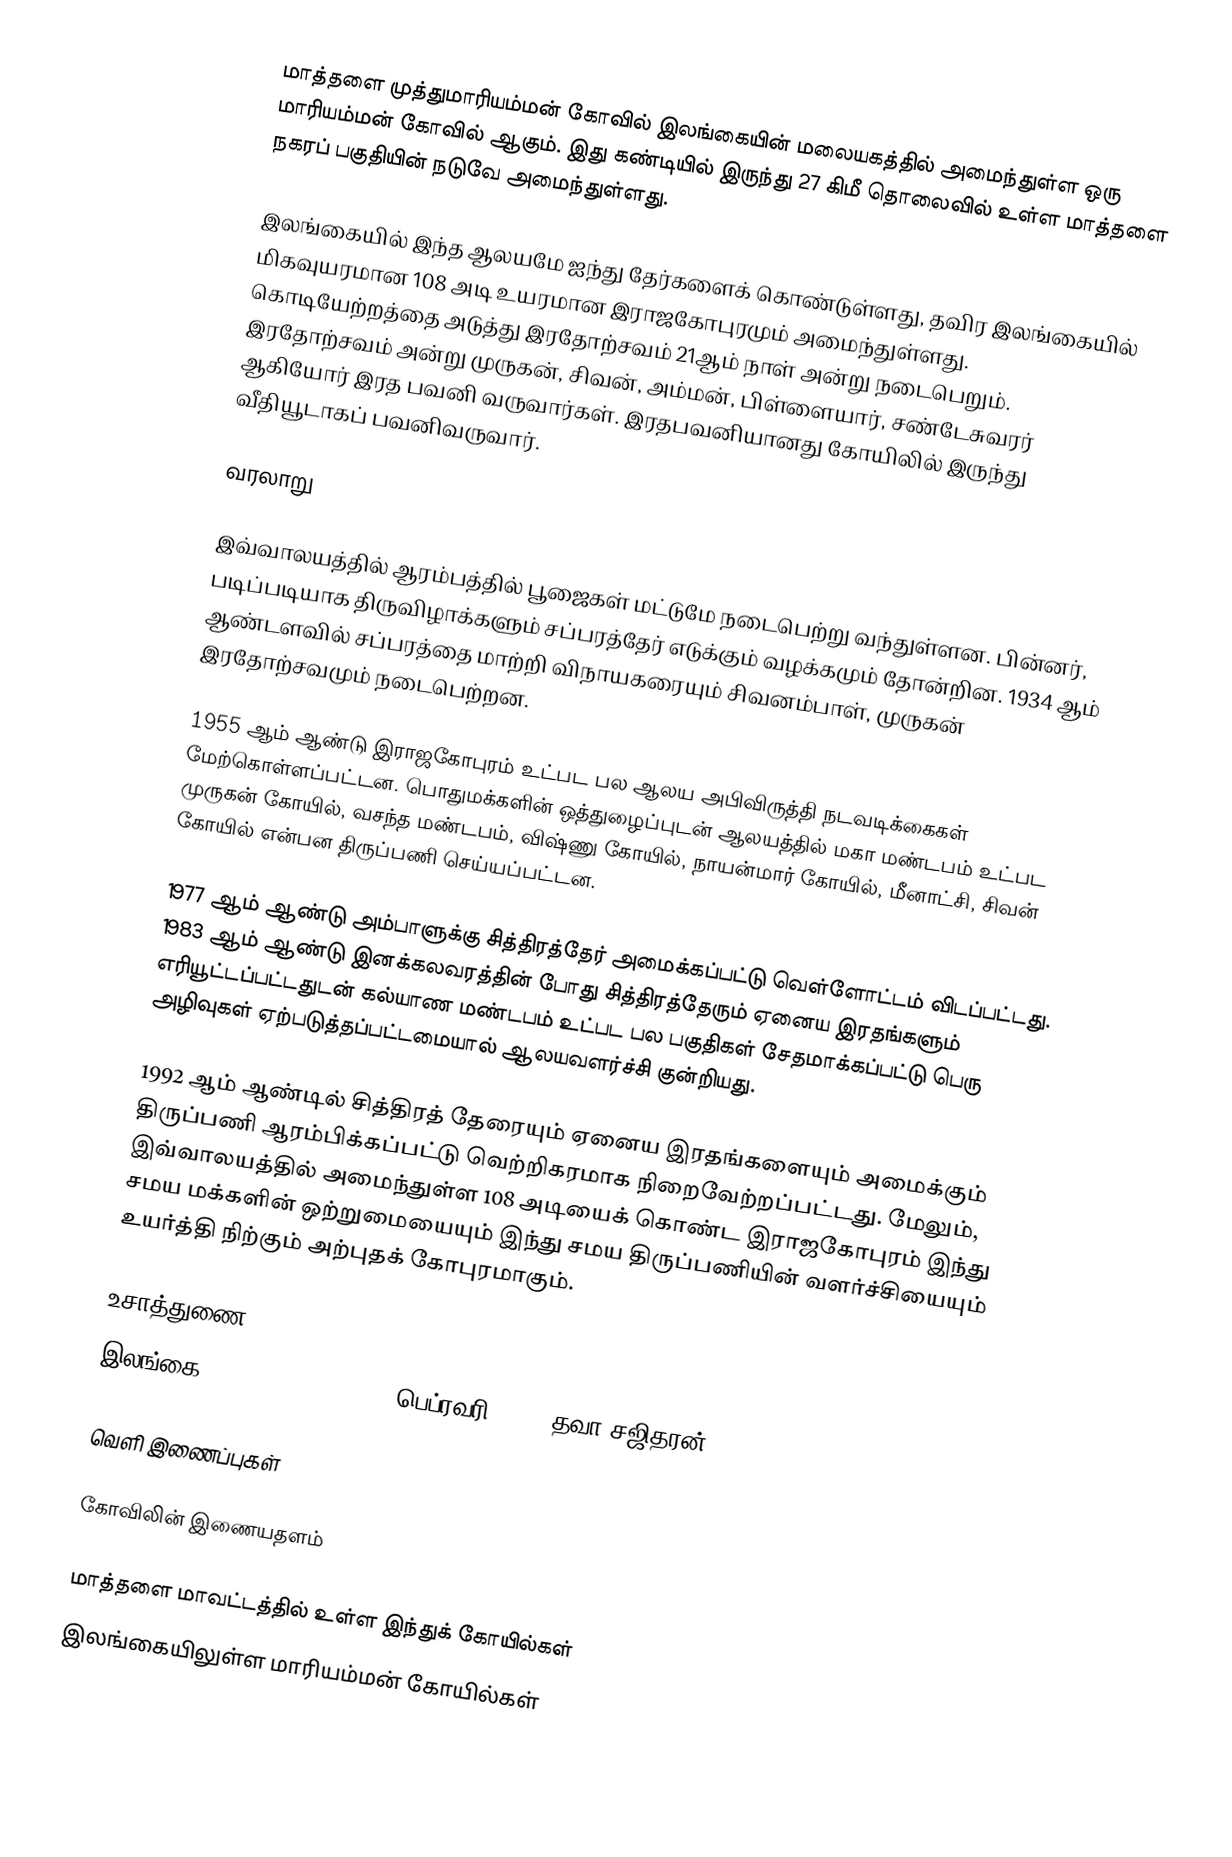
மாத்தளை முத்துமாரியம்மன் கோவில் இலங்கையின் மலையகத்தில் அமைந்துள்ள ஒரு மாரியம்மன் கோவில் ஆகும். இது கண்டியில் இருந்து 27 கிமீ தொலைவில் உள்ள மாத்தளை நகரப் பகுதியின் நடுவே அமைந்துள்ளது.

இலங்கையில் இந்த ஆலயமே ஐந்து தேர்களைக் கொண்டுள்ளது, தவிர இலங்கையில் மிகவுயரமான 108 அடி உயரமான இராஜகோபுரமும் அமைந்துள்ளது. கொடியேற்றத்தை அடுத்து இரதோற்சவம் 21ஆம் நாள் அன்று நடைபெறும். இரதோற்சவம் அன்று முருகன், சிவன், அம்மன், பிள்ளையார், சண்டேசுவரர் ஆகியோர் இரத பவனி வருவார்கள். இரதபவனியானது கோயிலில் இருந்து வீதியூடாகப் பவனிவருவார்.

வரலாறு

இவ்வாலயத்தில் ஆரம்பத்தில் பூஜைகள் மட்டுமே நடைபெற்று வந்துள்ளன. பின்னர், படிப்படியாக திருவிழாக்களும் சப்பரத்தேர் எடுக்கும் வழக்கமும் தோன்றின. 1934 ஆம் ஆண்டளவில் சப்பரத்தை மாற்றி விநாயகரையும் சிவனம்பாள், முருகன் இரதோற்சவமும் நடைபெற்றன.

1955 ஆம் ஆண்டு இராஜகோபுரம் உட்பட பல ஆலய அபிவிருத்தி நடவடிக்கைகள் மேற்கொள்ளப்பட்டன. பொதுமக்களின் ஒத்துழைப்புடன் ஆலயத்தில் மகா மண்டபம் உட்பட முருகன் கோயில், வசந்த மண்டபம், விஷ்ணு கோயில், நாயன்மார் கோயில், மீனாட்சி, சிவன் கோயில் என்பன திருப்பணி செய்யப்பட்டன.

1977 ஆம் ஆண்டு அம்பாளுக்கு சித்திரத்தேர் அமைக்கப்பட்டு வெள்ளோட்டம் விடப்பட்டது. 1983 ஆம் ஆண்டு இனக்கலவரத்தின் போது சித்திரத்தேரும் ஏனைய இரதங்களும் எரியூட்டப்பட்டதுடன் கல்யாண மண்டபம் உட்பட பல பகுதிகள் சேதமாக்கப்பட்டு பெரு அழிவுகள் ஏற்படுத்தப்பட்டமையால் ஆலயவளர்ச்சி குன்றியது.

1992 ஆம் ஆண்டில் சித்திரத் தேரையும் ஏனைய இரதங்களையும் அமைக்கும் திருப்பணி ஆரம்பிக்கப்பட்டு வெற்றிகரமாக நிறைவேற்றப்பட்டது. மேலும், இவ்வாலயத்தில் அமைந்துள்ள 108 அடியைக் கொண்ட இராஜகோபுரம் இந்து சமய மக்களின் ஒற்றுமையையும் இந்து சமய திருப்பணியின் வளர்ச்சியையும் உயர்த்தி நிற்கும் அற்புதக் கோபுரமாகும்.

உசாத்துணை
இலங்கை Sunday Observer - 25 பெப்ரவரி, 2007 தவா சஜிதரன்

வெளி இணைப்புகள்

கோவிலின் இணையதளம்

மாத்தளை மாவட்டத்தில் உள்ள இந்துக் கோயில்கள்
இலங்கையிலுள்ள மாரியம்மன் கோயில்கள்